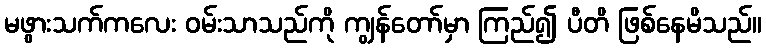
မဖွားသက်ကလေး ဝမ်းသာသည်ကို ကျွန်တော်မှာ ကြည်၍ ပီတိ ဖြစ်နေမိသည်။